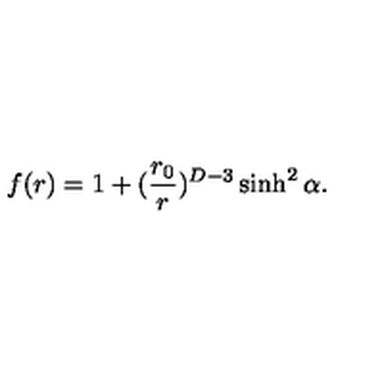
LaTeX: f ( r ) = 1 + ( { \frac { r _ { 0 } } { r } } ) ^ { D - 3 } \sinh ^ { 2 } \alpha .